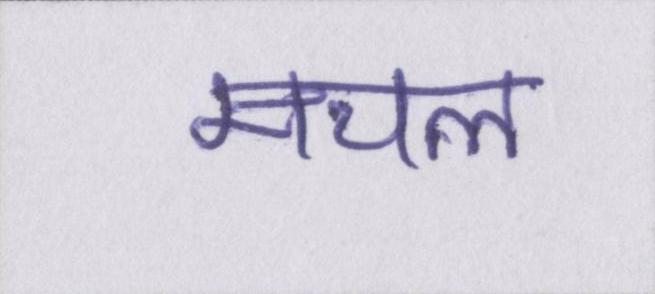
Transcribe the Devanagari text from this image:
मचल